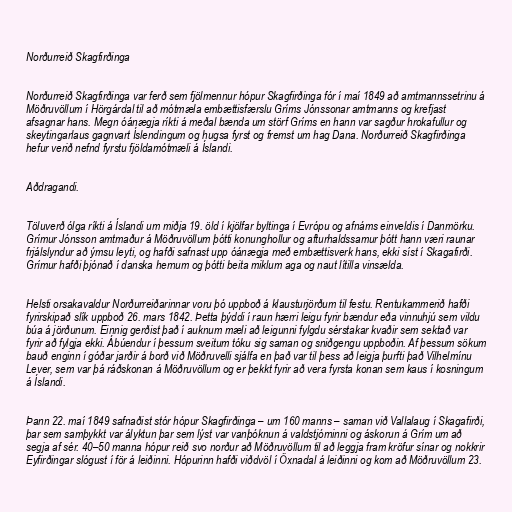
Norðurreið Skagfirðinga

Norðurreið Skagfirðinga var ferð sem fjölmennur hópur Skagfirðinga fór í maí 1849 að amtmannssetrinu á
Möðruvöllum í Hörgárdal til að mótmæla embættisfærslu Gríms Jónssonar amtmanns og krefjast
afsagnar hans. Megn óánægja ríkti á meðal bænda um störf Gríms en hann var sagður hrokafullur og
skeytingarlaus gagnvart Íslendingum og hugsa fyrst og fremst um hag Dana. Norðurreið Skagfirðinga
hefur verið nefnd fyrstu fjöldamótmæli á Íslandi.

Aðdragandi.

Töluverð ólga ríkti á Íslandi um miðja 19. öld í kjölfar byltinga í Evrópu og afnáms einveldis í Danmörku.
Grímur Jónsson amtmaður á Möðruvöllum þótti konunghollur og afturhaldssamur þótt hann væri raunar
frjálslyndur að ýmsu leyti, og hafði safnast upp óánægja með embættisverk hans, ekki síst í Skagafirði.
Grímur hafði þjónað í danska hernum og þótti beita miklum aga og naut lítilla vinsælda.

Helsti orsakavaldur Norðurreiðarinnar voru þó uppboð á klausturjörðum til festu. Rentukammerið hafði
fyrirskipað slík uppboð 26. mars 1842. Þetta þýddi í raun hærri leigu fyrir bændur eða vinnuhjú sem vildu
búa á jörðunum. Einnig gerðist það í auknum mæli að leigunni fylgdu sérstakar kvaðir sem sektað var
fyrir að fylgja ekki. Ábúendur í þessum sveitum tóku sig saman og sniðgengu uppboðin. Af þessum sökum
bauð enginn í góðar jarðir á borð við Möðruvelli sjálfa en það var til þess að leigja þurfti það Vilhelmínu
Lever, sem var þá ráðskonan á Möðruvöllum og er þekkt fyrir að vera fyrsta konan sem kaus í kosningum
á Íslandi.

Þann 22. maí 1849 safnaðist stór hópur Skagfirðinga – um 160 manns – saman við Vallalaug í Skagafirði,
þar sem samþykkt var ályktun þar sem lýst var vanþóknun á valdstjórninni og áskorun á Grím um að
segja af sér. 40–50 manna hópur reið svo norður að Möðruvöllum til að leggja fram kröfur sínar og nokkrir
Eyfirðingar slógust í för á leiðinni. Hópurinn hafði viðdvöl í Öxnadal á leiðinni og kom að Möðruvöllum 23.